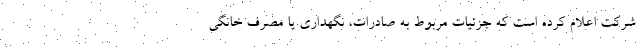
شرکت اعلام کرده است که جزئیات مربوط به صادرات، نگهداری یا مصرف خانگی